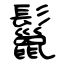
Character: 鬣